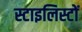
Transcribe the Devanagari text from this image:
स्टाइलिस्टों